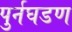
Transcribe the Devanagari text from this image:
पुर्नघडण